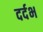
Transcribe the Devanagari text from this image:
दर्दभ